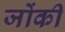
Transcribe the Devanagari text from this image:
जोंकी